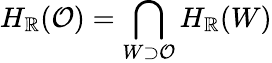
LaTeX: H_{\mathbb{R}}(\mathcal{{O}})=\bigcap_{W\supset\mathcal{{O}}}H_{\mathbb{R}}(W)